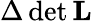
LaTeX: \Delta\operatorname*{det}\mathbf{L}